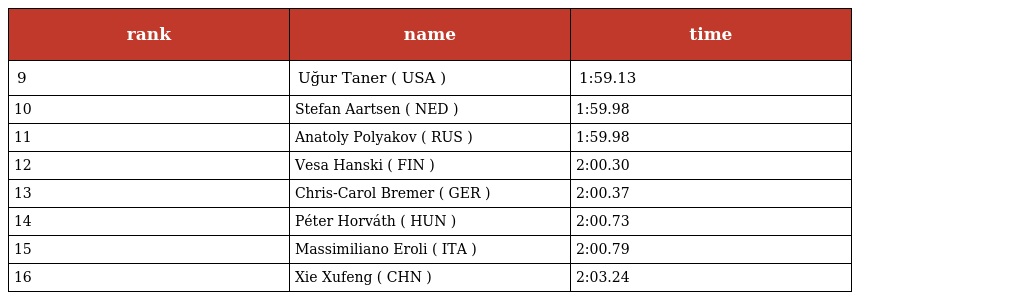
| rank | name | time |
 | --- | --- | --- |
 | 9 | Uğur Taner ( USA ) | 1:59.13 |
 | 10 | Stefan Aartsen ( NED ) | 1:59.98 |
 | 11 | Anatoly Polyakov ( RUS ) | 1:59.98 |
 | 12 | Vesa Hanski ( FIN ) | 2:00.30 |
 | 13 | Chris-Carol Bremer ( GER ) | 2:00.37 |
 | 14 | Péter Horváth ( HUN ) | 2:00.73 |
 | 15 | Massimiliano Eroli ( ITA ) | 2:00.79 |
 | 16 | Xie Xufeng ( CHN ) | 2:03.24 |